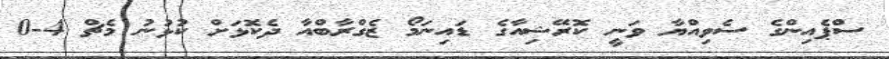
ސްޕެއިންގެ ސެވިއްޔާ ވަނީ ކޮރޭޝިއާގެ ޑައިނަމޯ ޒެގްރާބްއާ ދެކޮޅަށް ކުޅުނު މެޗް 4-0